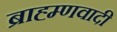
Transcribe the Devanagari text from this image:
ब्राह्म्णवादी